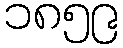
၁၈၅၉